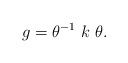
LaTeX: \begin{align*}g = \theta ^{-1} ~k ~\theta.\end{align*}